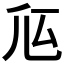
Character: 𠂧